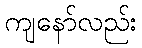
ကျနော်လည်း